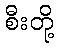
စီးတို့